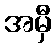
အမှီ